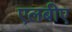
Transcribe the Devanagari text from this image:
एलबीए